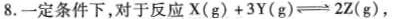
8.一定条件下，对于反应X(g)+3Y(g) \rightleftharpoons 2Z(g)，